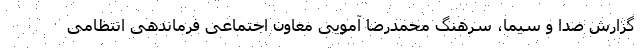
گزارش صدا و سیما، سرهنگ محمدرضا آمویی معاون اجتماعی فرماندهی انتظامی